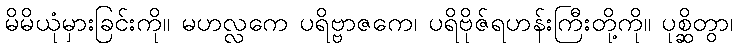
မိမိယုံမှားခြင်းကို။ မဟလ္လကေ ပရိဗ္ဗာဇကေ၊ ပရိဗိုဇ်ရဟန်းကြီးတို့ကို။ ပုစ္ဆိတွာ၊